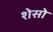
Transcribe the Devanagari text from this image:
शेसो